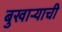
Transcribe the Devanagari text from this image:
बुखार्‍याची